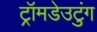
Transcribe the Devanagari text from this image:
ट्रॉमडेउटुंग